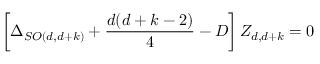
\left[ \Delta _ { S O ( d , d + k ) } + \frac { d ( d + k - 2 ) } { 4 } - { \cal { D } } \right] Z _ { d , d + k } = 0